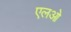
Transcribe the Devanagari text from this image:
एलओ